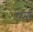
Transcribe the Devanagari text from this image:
प्य्ज्